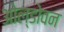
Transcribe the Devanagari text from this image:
ओल्डोवन